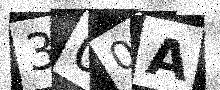
Text: 300A